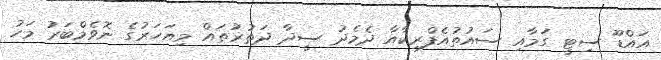
އައްޑޫ ސިޓީ ގަމާއި ސައުތުއެފްރިކާއާ ދެމެދު ސީދާ ދަތުރުތައް މިއަހަރުގެ ނޮވެމްބަރު މަހު